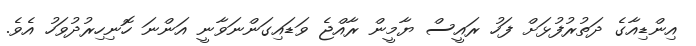
އިންޑިއާގެ ދަތުރުފުޅަށް ފަހު ރައީސް ޔާމީން ރާއްޖެ ވަޑައިގަންނަވާނީ އަންނަ ހޮނިހިރުދުވަހު އެވެ.